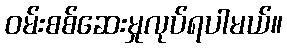
ဝမ်းစစ်ဆေးမှုလုပ်ရပါမယ်။